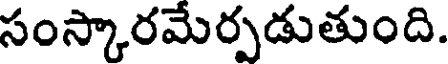
సంస్కారమేర్పడుతుంది.